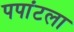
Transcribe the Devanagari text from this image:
पपांटला